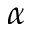
\alpha